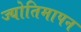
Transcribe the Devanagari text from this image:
ज्योतिमापन